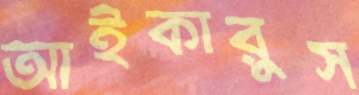
আইকারুস